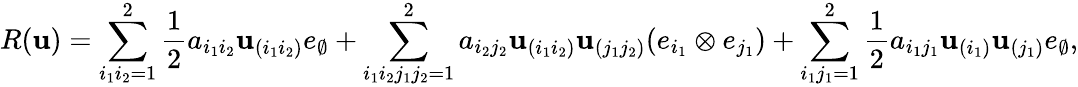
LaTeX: R(\mathbf{u})=\sum_{i_{1}i_{2}=1}^{2}\frac 12a_{i_{1}{i_{2}}}{\mathbf u}_{(i_{1}i_{2})}e_{\emptyset}+\sum_{i_{1}i_{2}j_{1}j_{2}=1}^{2}a_{i_{2}{j_{2}}}{\mathbf u}_{(i_{1}i_{2})}{\mathbf u}_{(j_{1}j_{2})}(e_{i_{1}}\otimes e_{j_{1}})+\sum_{i_{1}j_{1}=1}^{2}\frac 12a_{i_{1}{j_{1}}}{\mathbf u}_{(i_{1})}{\mathbf u}_{(j_{1})}e_{\emptyset},